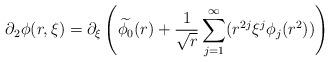
LaTeX: \begin{align*} \partial_{2}\phi(r,\xi) = \partial_{\xi}\left(\widetilde{\phi_{0}}(r) + \frac{1}{\sqrt{r}} \sum_{j=1}^{\infty}(r^{2j} \xi^{j} \phi_{j}(r^{2}))\right)\end{align*}